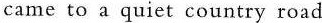
came to a quiet country road